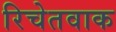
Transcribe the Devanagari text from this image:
रिचेतवाक